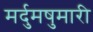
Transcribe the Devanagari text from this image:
मर्दुमषुमारी